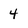
Character: 4